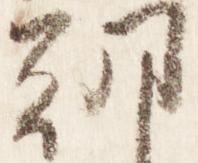
朝